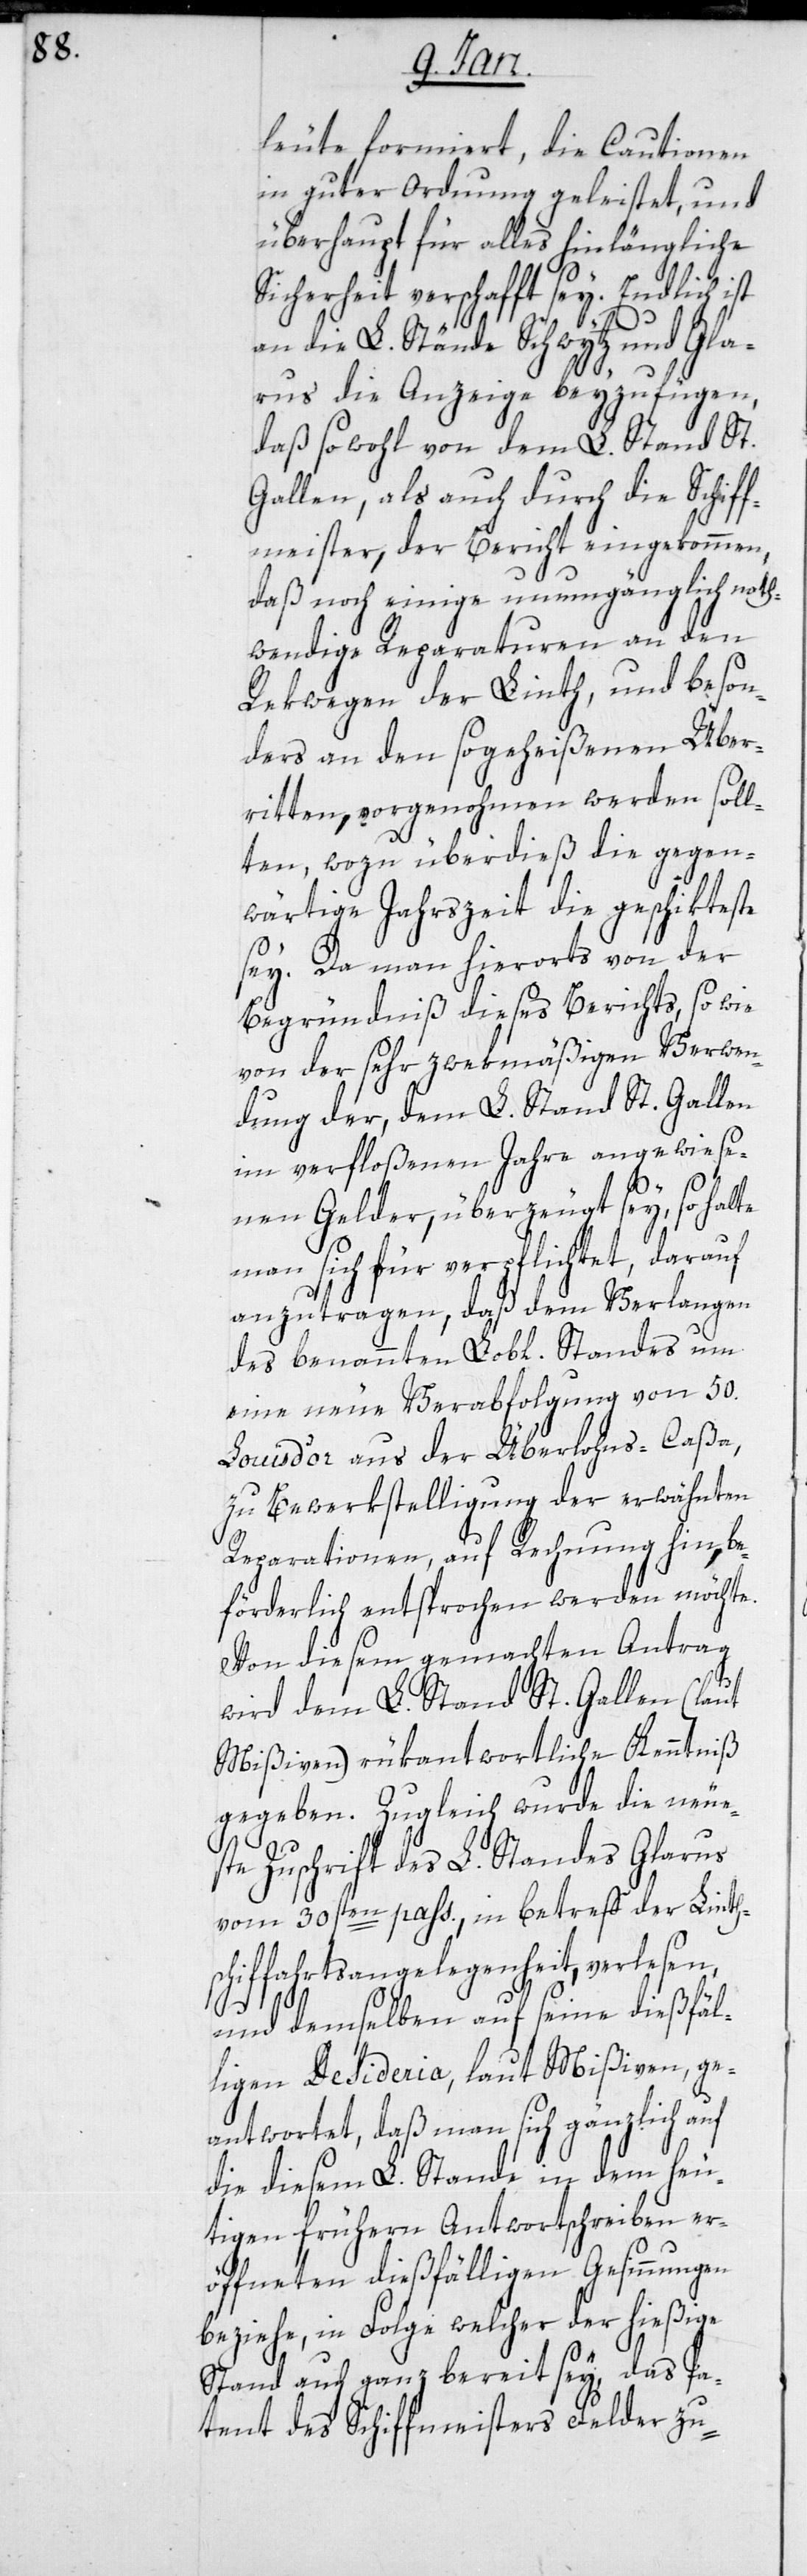
leute formiert, die Cautionen
in guter Ordnung geleistet, und
überhaupt für alles hinlängliche
Sicherheit verschafft sey. Endlich ist
an die L. Stände Schwytz und Gla¬
rus die Anzeige beyzufügen,
daß sowohl von dem L. Stand St.
Gallen, als auch durch die Schiff¬
meister, der Bericht eingekommen,
daß noch einige unumgänglich noth¬
wendige Reparaturen an den
Rekwegen der Linth, und beson¬
ders an den so geheißenen Über¬
ritten, vorgenohmen werden soll¬
ten, wozu überdieß die gegen¬
wärtige Jahrszeit die geschikteste
sey. Da man hierorts von der
Begründniß dieses Berichts, so wie
von der sehr zwekmäßigen Verwen¬
dung der, dem L. Stand St. Gallen
im verfloßenen Jahre angewiese¬
nen Gelder, überzeugt sey, so halte
man sich für verplichtet, darauf
anzutragen, daß dem Verlangen
des benannten Lobl. Standes um
eine neue Verabfolgung von 50.
Louis d’or aus der Überlohns-Caßa,
zu Bewerkstelligung der erwähnten
Reparationen, auf Rechnung hin, be¬
förderlich entsprochen werden möchte.
Von diesem gemachten Antrag
wird dem L. Stand St. Gallen (laut
Mißiven) rükantwortliche Kenntniß
gegeben. Zugleich wurde die neue¬
ste Zuschrift des L. Standes Glarus
vom 30sten pass., in Betreff der Linth¬
schiffahrtsangelegenheit, verlesen,
und demselben auf seine dießfäl¬
lige Desideria, laut Mißiven, ge¬
antwortet, daß man sich gänzlich auf
die diesem L. Stande in dem heu¬
tigen frühern Antwortschreiben er¬
öffneten dießfälligen Gesinnungen
beziehe, in Folge welcher der hießige
Stand auch ganz bereit sey, das Pa¬
tent des Schiffmeisters Felder zu-